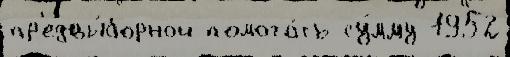
пр'едвы́борной помога́ть су́мму 1952